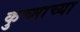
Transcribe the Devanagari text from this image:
कुच्माच्या